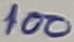
Text: 100